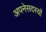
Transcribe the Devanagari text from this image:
अपनेसदस्यों